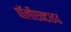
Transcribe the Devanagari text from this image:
पॉलीएक्टाइड